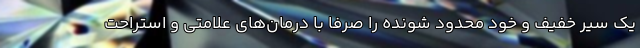
یک سیر خفیف و خود محدود شونده را صرفا با درمان‌های علامتی و استراحت